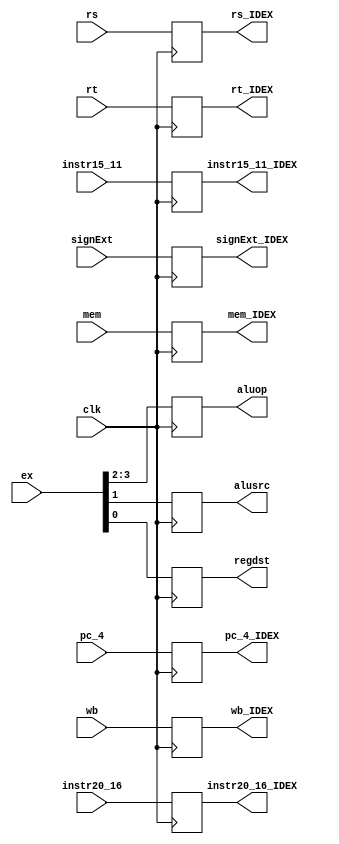
`timescale 1ns / 1ps
//////////////////////////////////////////////////////////////////////////////////
// Company: 
// 
// Design Name: 
// Module Name:    ID_EX 
// Project Name: 
// Target Devices: 
// Tool versions: 
// Description: 
//
// Dependencies: 
//
// Revision: 
// Revision 0.01 - File Created
// Additional Comments: 
//
//////////////////////////////////////////////////////////////////////////////////
module ID_EX(
	input clk,
	input [1:0] wb,
	input [2:0] mem,
	input [3:0] ex,
	input [31:0] pc_4,
	input [31:0] rs,
	input [31:0] rt,
	input [31:0] signExt,
	input [4:0]	instr20_16,
	input [4:0] instr15_11,
	output reg[1:0] wb_IDEX,
	output reg[2:0] mem_IDEX,
	output reg[1:0] aluop,
	output reg alusrc,
	output reg regdst,
	output reg[31:0] pc_4_IDEX,
	output reg[31:0] rs_IDEX,
	output reg[31:0] rt_IDEX,
	output reg[31:0] signExt_IDEX,
	output reg[4:0] instr20_16_IDEX,
	output reg[4:0] instr15_11_IDEX
    );

	always @ (posedge clk) begin
		wb_IDEX <= wb;
		mem_IDEX <= mem;
		aluop <= ex[3:2];
		alusrc <= ex[1];
		regdst <= ex[0];
		pc_4_IDEX <= pc_4;
		rs_IDEX <= rs;
		rt_IDEX <= rt;
		signExt_IDEX <= signExt;
		instr20_16_IDEX <= instr20_16;
		instr15_11_IDEX <= instr15_11;
	end


endmodule